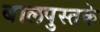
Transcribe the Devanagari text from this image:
बालपुस्तके